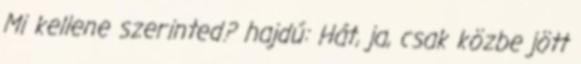
Mi kellene szerinted? hajdú: Hát, ja, csak közbe jött